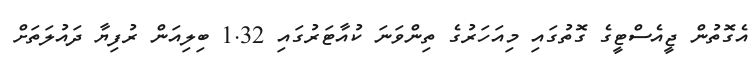
އެގޮތުން ޖީއެސްޓީގެ ގޮތުގައި މިއަހަރުގެ ތިންވަނަ ކުއާޓަރުގައި 1.32 ބިލިއަން ރުފިޔާ ދައުލަތަށް